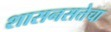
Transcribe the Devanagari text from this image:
शासनसत्तेचा